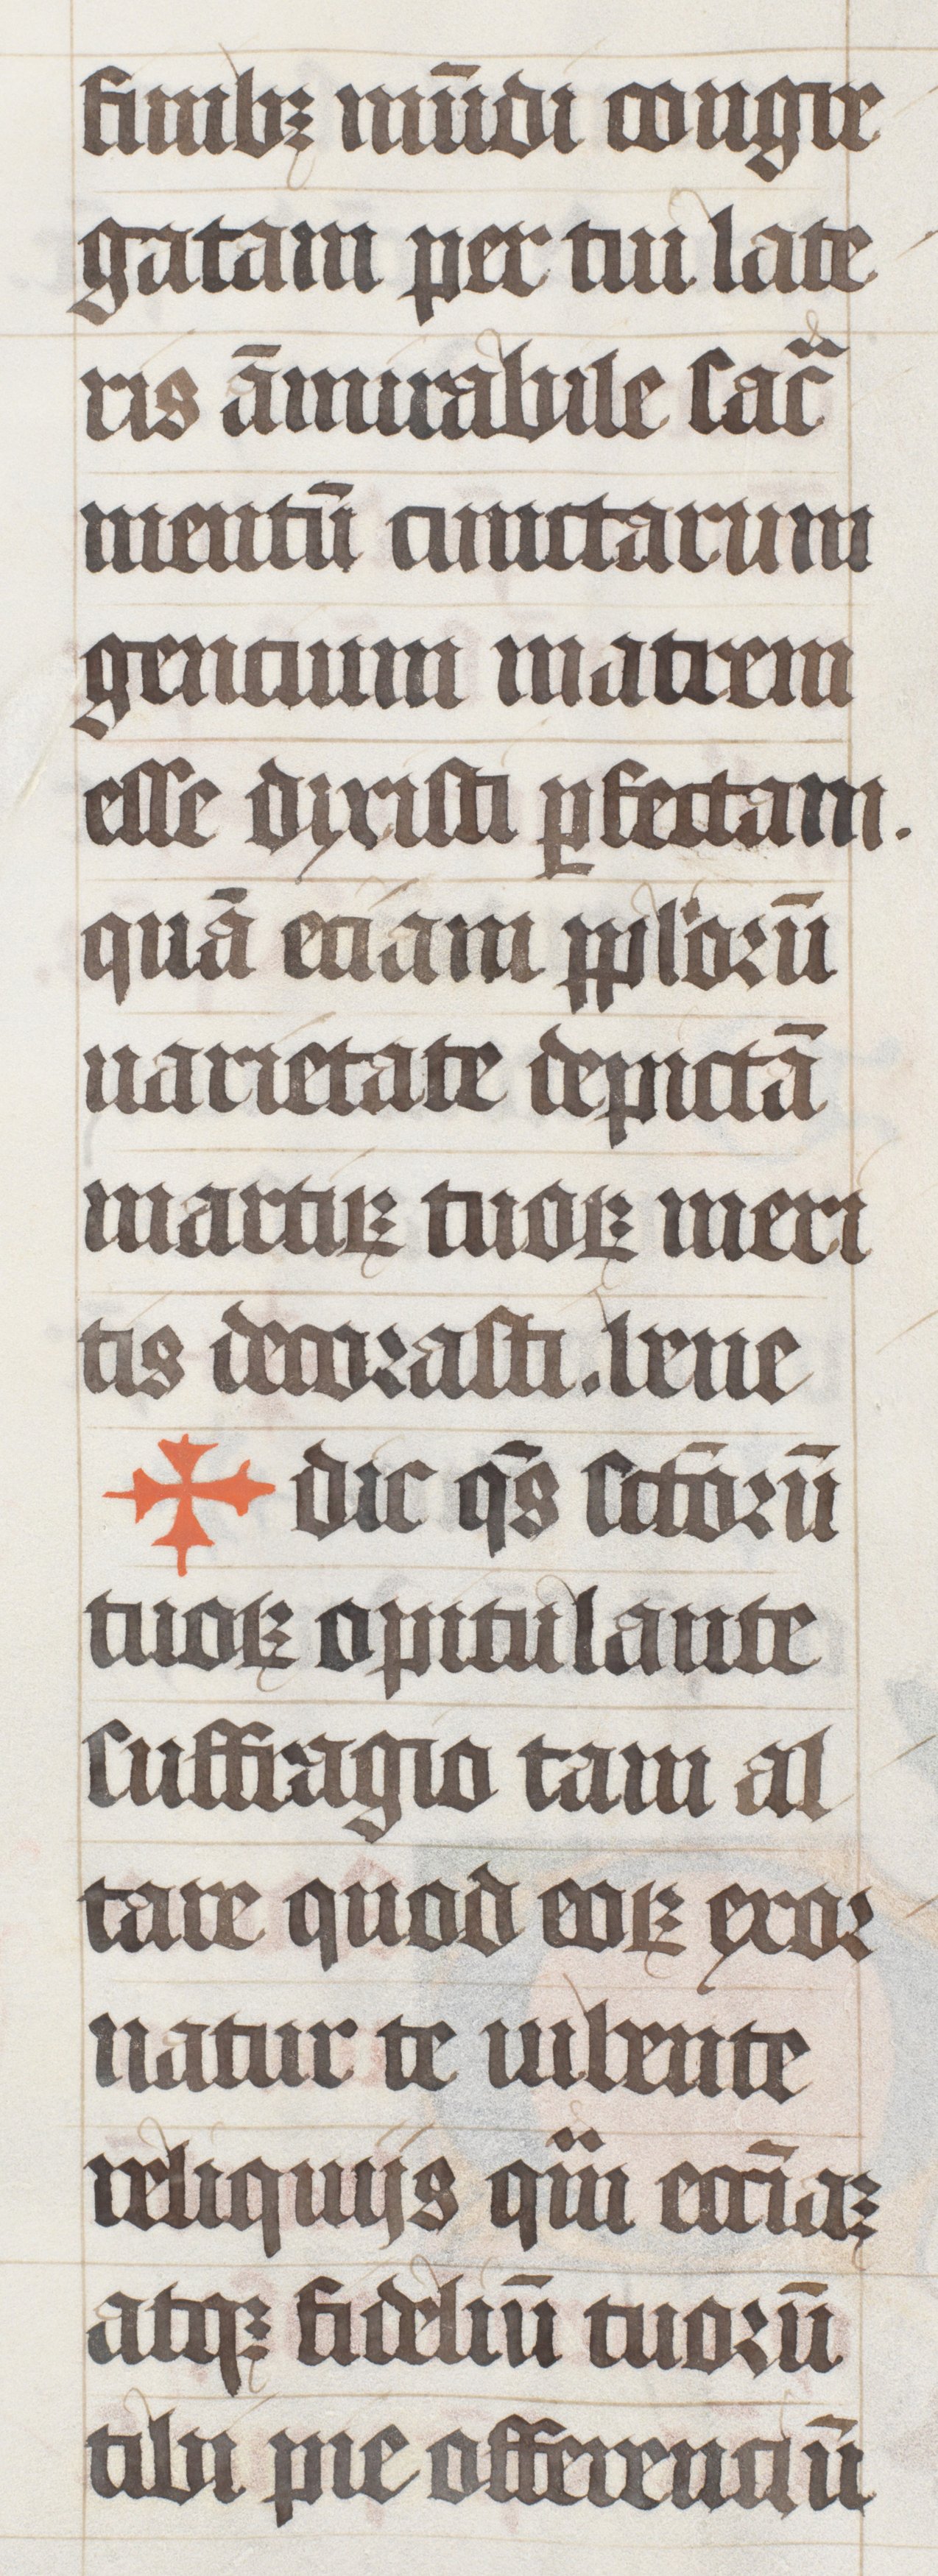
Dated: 1447–1478